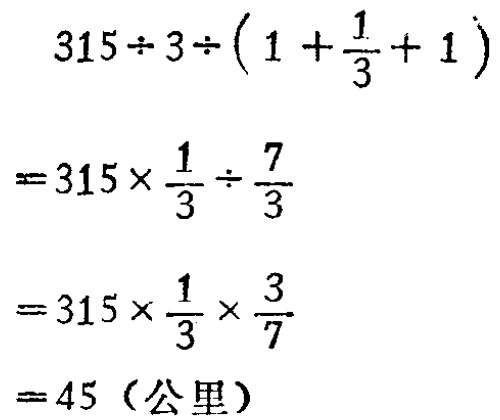
\[

\begin{align*}

&315\div3\div(1 + \frac{1}{3}+1)\\

=&315\times\frac{1}{3}\div\frac{7}{3}\\

=&315\times\frac{1}{3}\times\frac{3}{7}\\

=&45（公里）

\end{align*}

\]